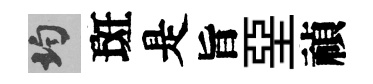
均斑是旨堊禎